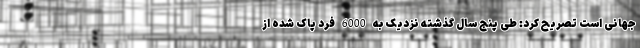
جهانی است تصریح کرد: طی پنج سال گذشته نزدیک به 6000 فرد پاک شده از